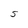
Character: S